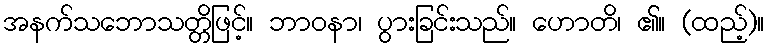
အနက်သဘောသတ္တိဖြင့်။ ဘာဝနာ၊ ပွားခြင်းသည်။ ဟောတိ၊ ၏။ (ထည့်)။